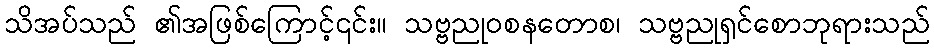
သိအပ်သည် ၏အဖြစ်ကြောင့်၎င်း။ သဗ္ဗညုဝစနတောစ၊ သဗ္ဗညုရှင်စောဘုရားသည်